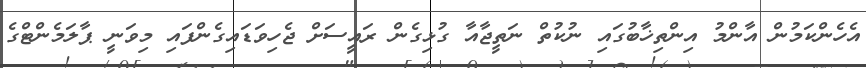
އެހެންކަމުން އާންމު އިންތިޚާބުގައި ނުކުތް ނަތީޖާއާ ގުޅިގެން ރައީސަށް ޖެހިވަޑައިގެންފައި މިވަނީ ޕާލަމެންޓްގެ